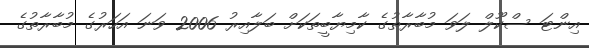
އިންޓަ ސްކޫލް ލަވަ މުބާރާތުގެ ކާމިޔާބީތަކަށް ބަލާއިރު 2006 ވަނަ އަހަރުގެ މުބާރާތުގެ